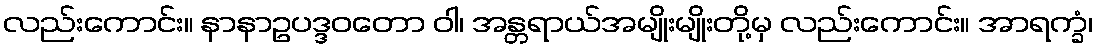
လည်းကောင်း။ နာနာဥပဒ္ဒဝတော ဝါ၊ အန္တရာယ်အမျိုးမျိုးတို့မှ လည်းကောင်း။ အာရက္ခံ၊